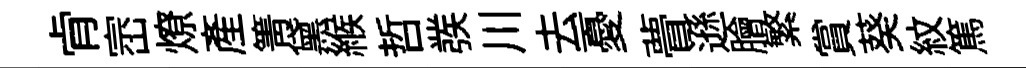
肻崈燎産箐黛緱哲彂川去憂瞢遜膾繁賞葵紋篤